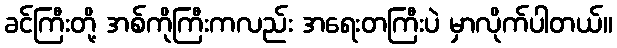
ခင်ကြီးတို့ အစ်ကိုကြီးကလည်း အရေးတကြီးပဲ မှာလိုက်ပါတယ်။